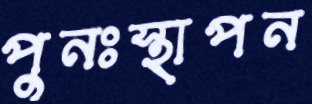
পুনঃস্থাপন